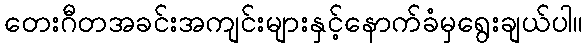
တေးဂီတအခင်းအကျင်းများနှင့်နောက်ခံမှရွေးချယ်ပါ။